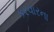
કરવારના